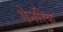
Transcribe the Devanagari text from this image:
गेनरिक